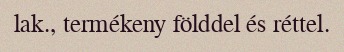
lak., termékeny földdel és réttel.